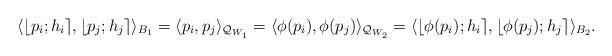
LaTeX: \begin{align*}\langle \lfloor p_{i}; h_{i} \rceil, \lfloor p_{j}; h_{j} \rceil \rangle_{B_{1}} = \langle p_{i}, p_{j} \rangle_{\mathcal{Q}_{W_{1}}} = \langle \phi(p_{i}), \phi(p_{j}) \rangle_{\mathcal{Q}_{W_{2}}} = \langle \lfloor \phi(p_{i}); h_{i} \rceil, \lfloor \phi(p_{j}); h_{j} \rceil \rangle_{B_{2}}.\end{align*}